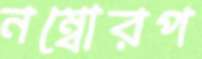
নম্বোরপ